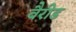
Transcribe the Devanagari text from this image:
वैरीड